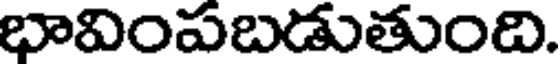
భావింపబడుతుంది.